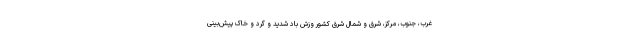
غرب، جنوب، مرکز، شرق و شمال شرق کشور وزش باد شدید و گرد و خاک پیش‌بینی